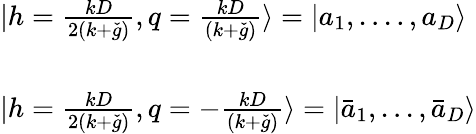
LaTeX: \begin{array}{l}{{|h=\frac{kD}{2(k+\check{g})},q=\frac{kD}{(k+\check{g})}\rangle=|a_{1},....,a_{D}\rangle}}\\ {{\ }}\\ {{|h=\frac{kD}{2(k+\check{g})},q=-\frac{kD}{(k+\check{g})}\rangle=|\bar{a}_{1},...,\bar{a}_{D}\rangle}}\end{array}